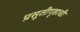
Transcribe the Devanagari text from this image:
प्रसूतीगृहाची